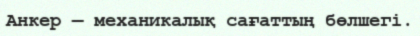
Анкер — механикалық сағаттың бөлшегі.